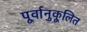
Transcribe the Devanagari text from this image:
पूर्वानुकूलित